Note on the mental hospitals in Burma - 1925-1940
Year: 1925
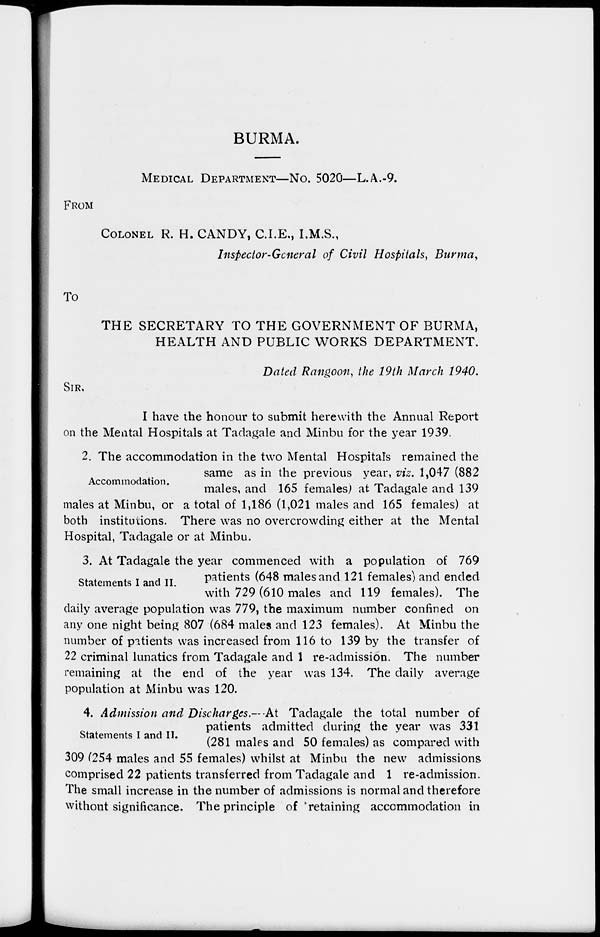
BURMA.
MEDICAL DEPARTMENT-NO. 5020—L.A.-9.
FROM
COLONEL R. H. CANDY, C.I.E., I.M.S.,
Inspector-General of Civil Hospitals, Burma,
To
THE SECRETARY TO THE GOVERNMENT OF BURMA,
HEALTH AND PUBLIC WORKS DEPARTMENT.
Dated Rangoon, the 19th March 1940.
SIR.
I have the honour to submit herewith the Annual Report
on the Mental Hospitals at Tadagale and Minbu for the year 1939.
Accommodation.
2. The accommodation in the two Mental Hospitals remained the
same as in the previous year, viz. 1,047 (882
males, and 165 females) at Tadagale and 139
males at Minbu, or a total of 1,186 (1,021 males and 165 females) at
both institutions. There was no overcrowding either at the Mental
Hospital, Tadagale or at Minbu.
Statements I and II.
3. At Tadagale the year commenced with a population of 769
patients (648 males and 121 females) and ended
with 729 (610 males and 119 females). The
daily average population was 779, the maximum number confined on
any one night being 807 (684 males and 123 females). At Minbu the
number of patients was increased from 116 to 139 by the transfer of
22 criminal lunatics from Tadagale and 1 re-admission. The number
remaining at the end of the year was 134. The daily average
population at Minbu was 120.
Statements I and II.
4. Admission and Discharges.—At Tadagale the total number of
patients admitted during the year was 331
(281 males and 50 females) as compared with
309 (254 males and 55 females) whilst at Minbu the new admissions
comprised 22 patients transferred from Tadagale and 1 re-admission.
The small increase in the number of admissions is normal and therefore
without significance. The principle of retaining accommodation in